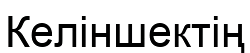
Келіншектің